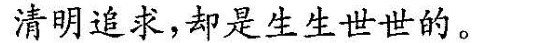
清明追求，却是生生世世的。